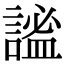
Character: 謐